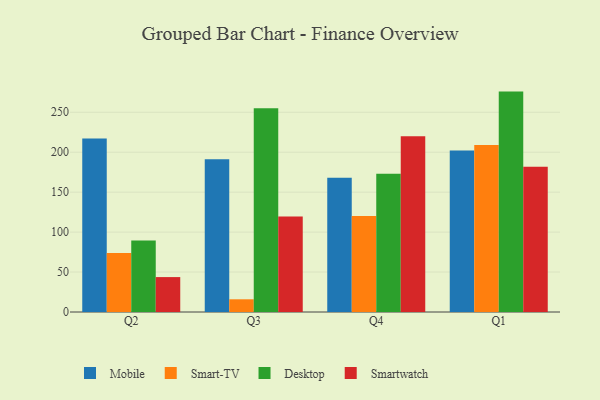
{"axis": {"x": "Quarter", "y": "Backlog"}, "legend": ["Desktop", "Mobile", "Smart-TV", "Smartwatch"], "data": [{"x": "Q2", "y": 217.1, "type": "Mobile"}, {"x": "Q2", "y": 74.0, "type": "Smart-TV"}, {"x": "Q2", "y": 89.5, "type": "Desktop"}, {"x": "Q2", "y": 43.7, "type": "Smartwatch"}, {"x": "Q3", "y": 191.3, "type": "Mobile"}, {"x": "Q3", "y": 15.9, "type": "Smart-TV"}, {"x": "Q3", "y": 255.2, "type": "Desktop"}, {"x": "Q3", "y": 119.6, "type": "Smartwatch"}, {"x": "Q4", "y": 168.1, "type": "Mobile"}, {"x": "Q4", "y": 120.1, "type": "Smart-TV"}, {"x": "Q4", "y": 173.1, "type": "Desktop"}, {"x": "Q4", "y": 219.9, "type": "Smartwatch"}, {"x": "Q1", "y": 202.2, "type": "Mobile"}, {"x": "Q1", "y": 209.2, "type": "Smart-TV"}, {"x": "Q1", "y": 275.9, "type": "Desktop"}, {"x": "Q1", "y": 181.8, "type": "Smartwatch"}]}